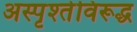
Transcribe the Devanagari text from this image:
अस्पृश्तेविरूद्ध